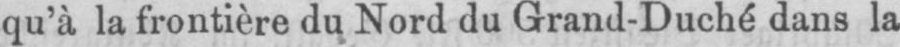
qu’à la frontière du Nord du Grand-Duchédans la